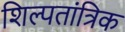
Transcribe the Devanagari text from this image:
शिल्पतांत्रिक